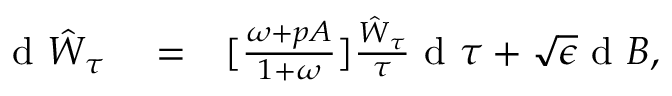
\begin{array} { r l r } { \textrm { d } \hat { W } _ { \tau } } & { { } = } & { [ \frac { \omega + p A } { 1 + \omega } ] \frac { \hat { W } _ { \tau } } { \tau } \textrm { d } \tau + \sqrt { \epsilon } \textrm { d } B , } \end{array}